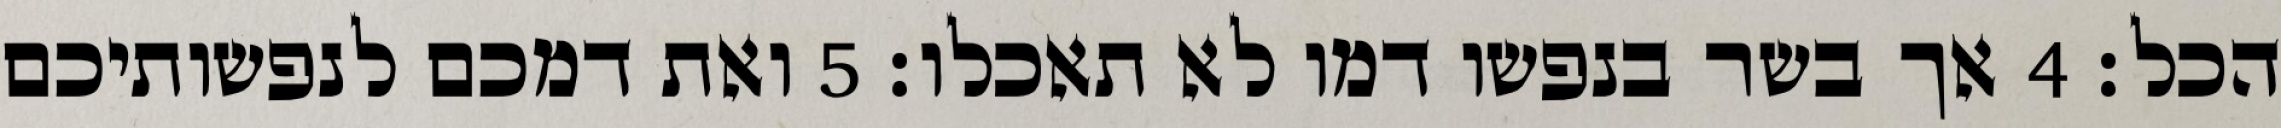
הכל׃ ‎4‏ אך בשר בנפשו דמו לא תאכלו׃ ‎5‏ ואת דמכם לנפשותיכם